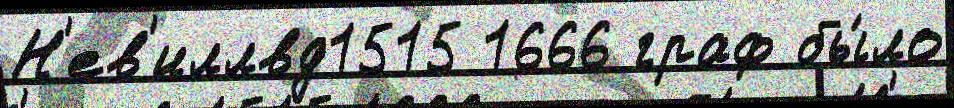
Н'ев'иллвд1515 1666 граф бы́ло